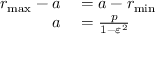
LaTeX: \begin{array} { r l } { r _ { \operatorname* { m a x } } - a } & { { } = a - r _ { \operatorname* { m i n } } } \\ { a } & { { } = { \frac { p } { 1 - \varepsilon ^ { 2 } } } } \end{array}